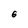
Character: 6